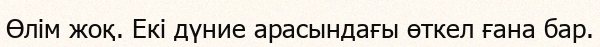
Өлім жоқ. Екі дүние арасындағы өткел ғана бар.